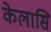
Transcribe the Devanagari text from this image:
केलासि